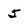
Character: 5